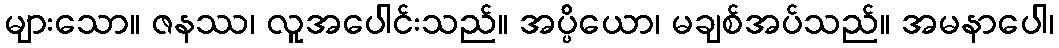
များသော။ ဇနဿ၊ လူအပေါင်းသည်။ အပ္ပိယော၊ မချစ်အပ်သည်။ အမနာပေါ၊